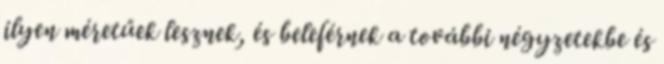
ilyen méretűek lesznek, és beleférnek a további négyzetekbe és